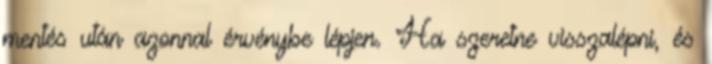
mentés után azonnal érvénybe lépjen. Ha szeretne visszalépni, és